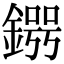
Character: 𨪒